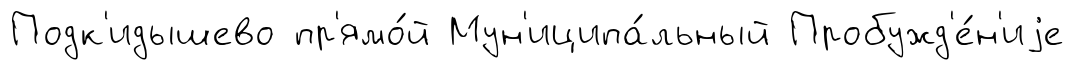
Подк'идышево пр'ямо́й Мун'иципа́льный Пробужд'е́н'иjе